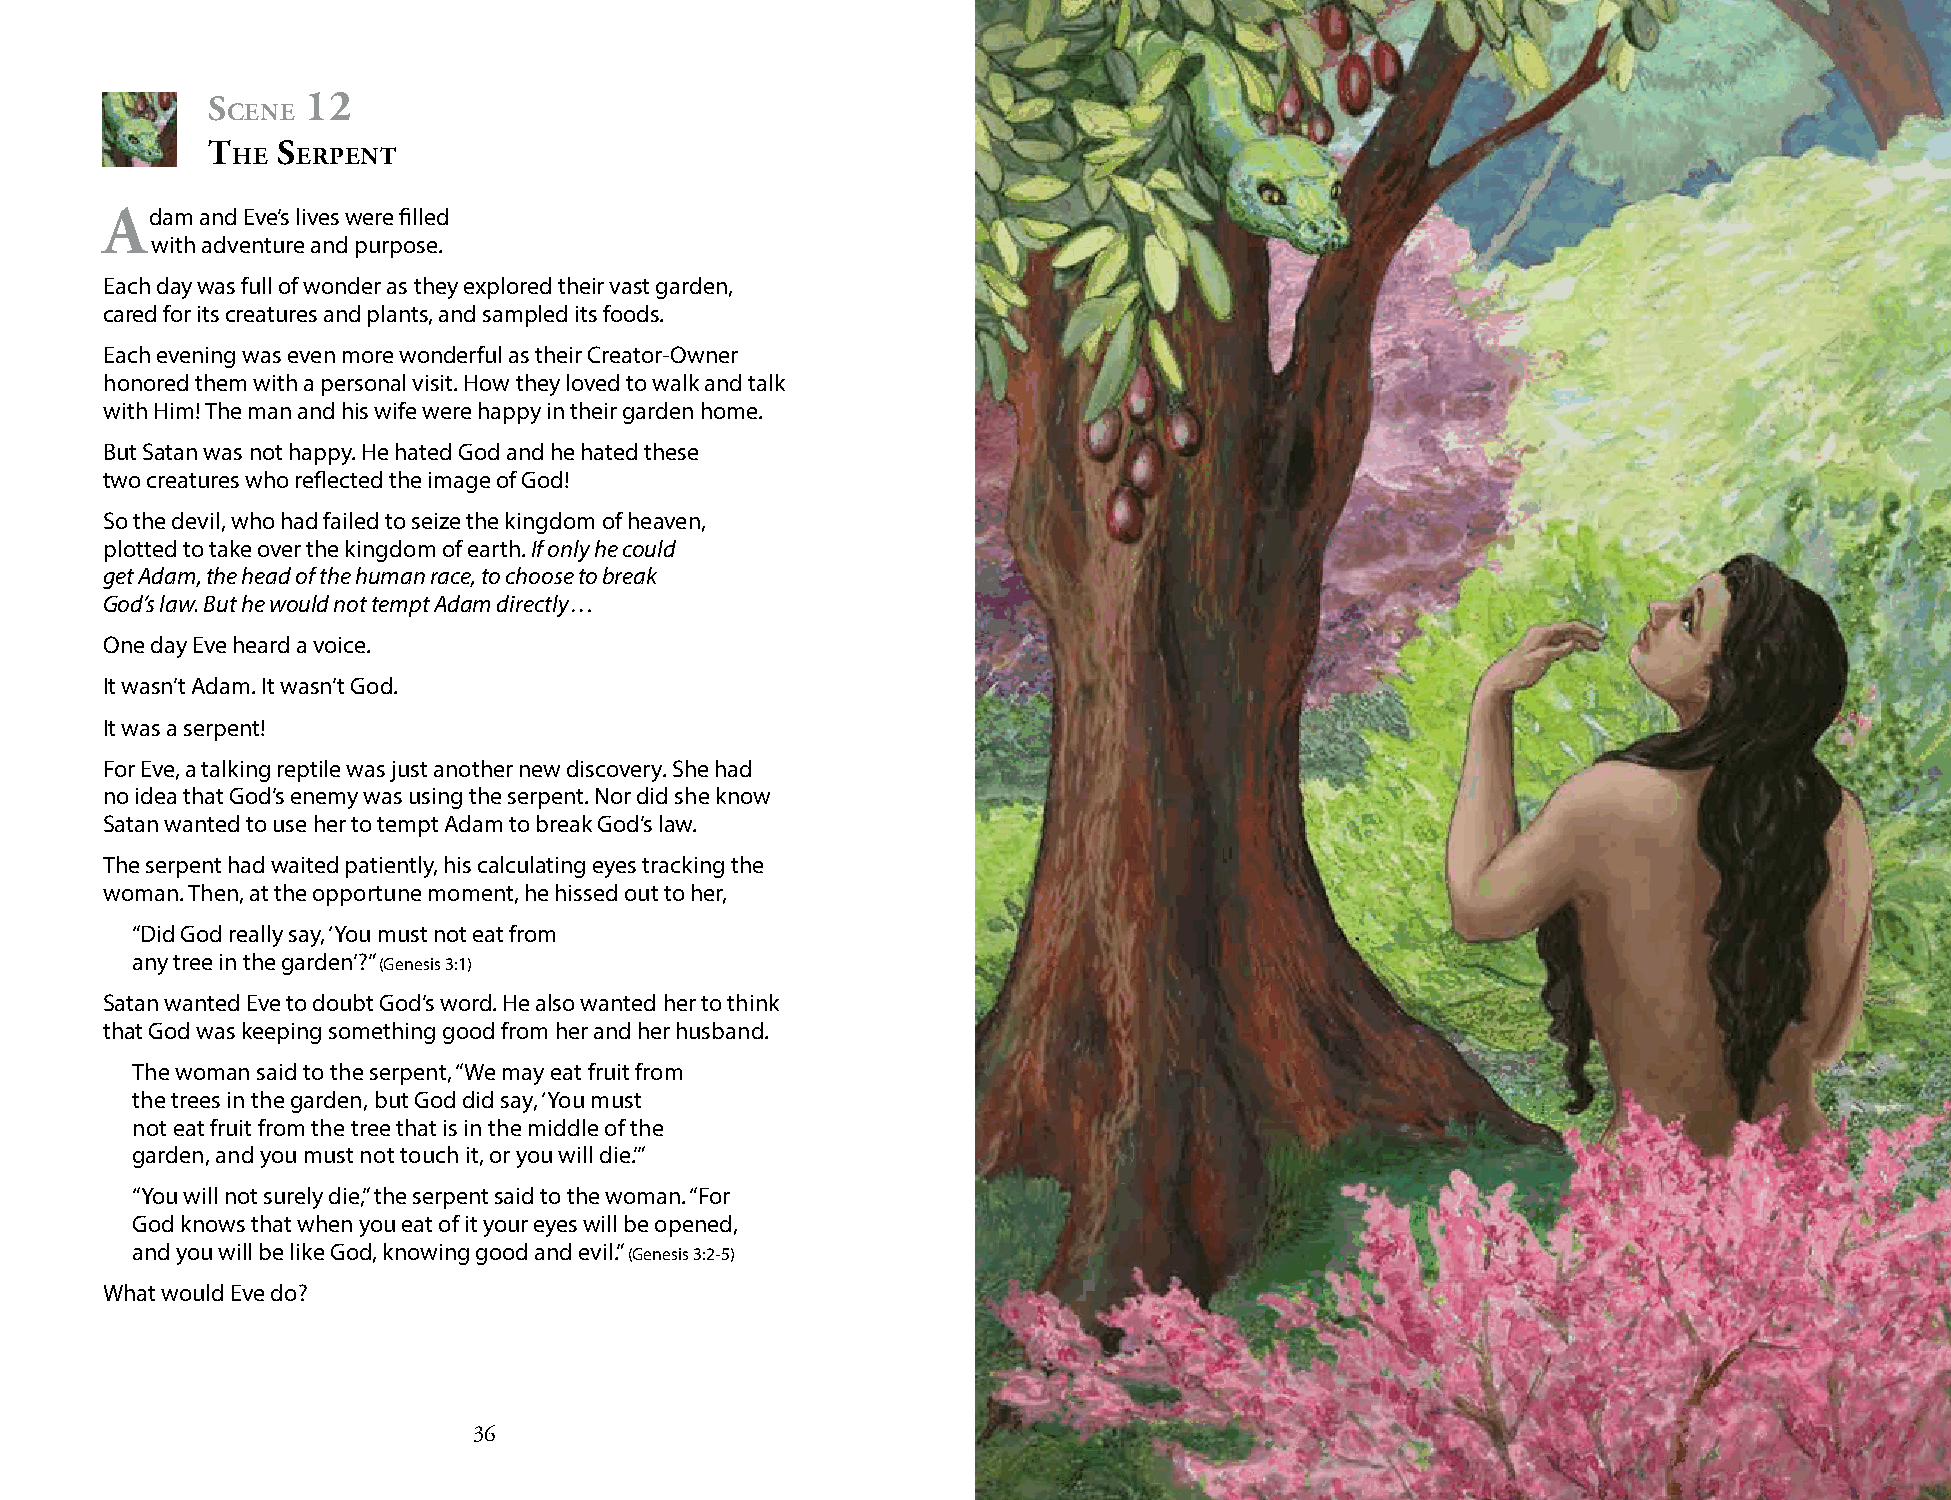
s     12
 cene
 t   s
 he   erPent
 Adam  and Eve’s lives were filled
 with adventure and purpose.
 Each day was full of wonder as they explored their vast garden,
 cared for its creatures and plants, and sampled its foods.
 Each evening was even more wonderful as their Creator-Owner
 honored them with a personal visit. How they loved to walk and talk
 with Him! The man and his wife were happy in their garden home.
 But Satan was not happy. He hated God and he hated these
 two creatures who reflected the image of God!
 So the devil, who had failed to seize the kingdom of heaven,
 plotted to take over the kingdom of earth. If only he could
 get Adam, the head of the human race, to choose to break
 God’s law. But he would not tempt Adam directly …
 One day Eve heard a voice.
 It wasn’t Adam. It wasn’t God.
 It was a serpent!
 For Eve, a talking reptile was just another new discovery. She had
 no idea that God’s enemy was using the serpent. Nor did she know
 Satan wanted to use her to tempt Adam to break God’s law.
 The serpent had waited patiently, his calculating eyes tracking the
 woman. Then, at the opportune moment, he hissed out to her,
 “Did God really say, ‘You must not eat from
 any tree in the garden’?” (Genesis 3:1)
 Satan wanted Eve to doubt God’s word. He also wanted her to think
 that God was keeping something good from her and her husband.
 The woman said to the serpent, “We may eat fruit from
 the trees in the garden, but God did say, ‘You must
 not eat fruit from the tree that is in the middle of the
 garden, and you must not touch it, or you will die.’”
 “You will not surely die,” the serpent said to the woman. “For
 God knows that when you eat of it your eyes will be opened,
 and you will be like God, knowing good and evil.” (Genesis 3:2-5)
 What would Eve do?
 36